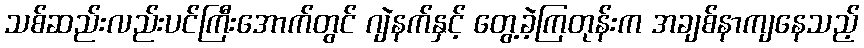
သစ်ဆည်းလည်းပင်ကြီးအောက်တွင် ဂျဲနက်နှင့် တွေ့ခဲ့ကြတုန်းက အချစ်နာကျနေသည့်